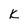
Character: K